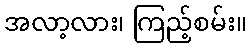
အလာ့လား၊ ကြည့်စမ်း။